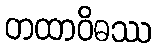
တထာဝိဓဿ